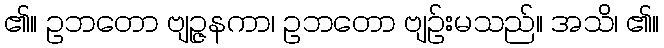
၏။ ဥဘတော ဗျဉ္ဇနကာ၊ ဥဘတော ဗျဉ်းမသည်။ အသိ၊ ၏။